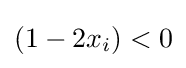
(1-2x_{i})<0